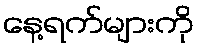
နေ့ရက်များကို